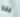
فقط